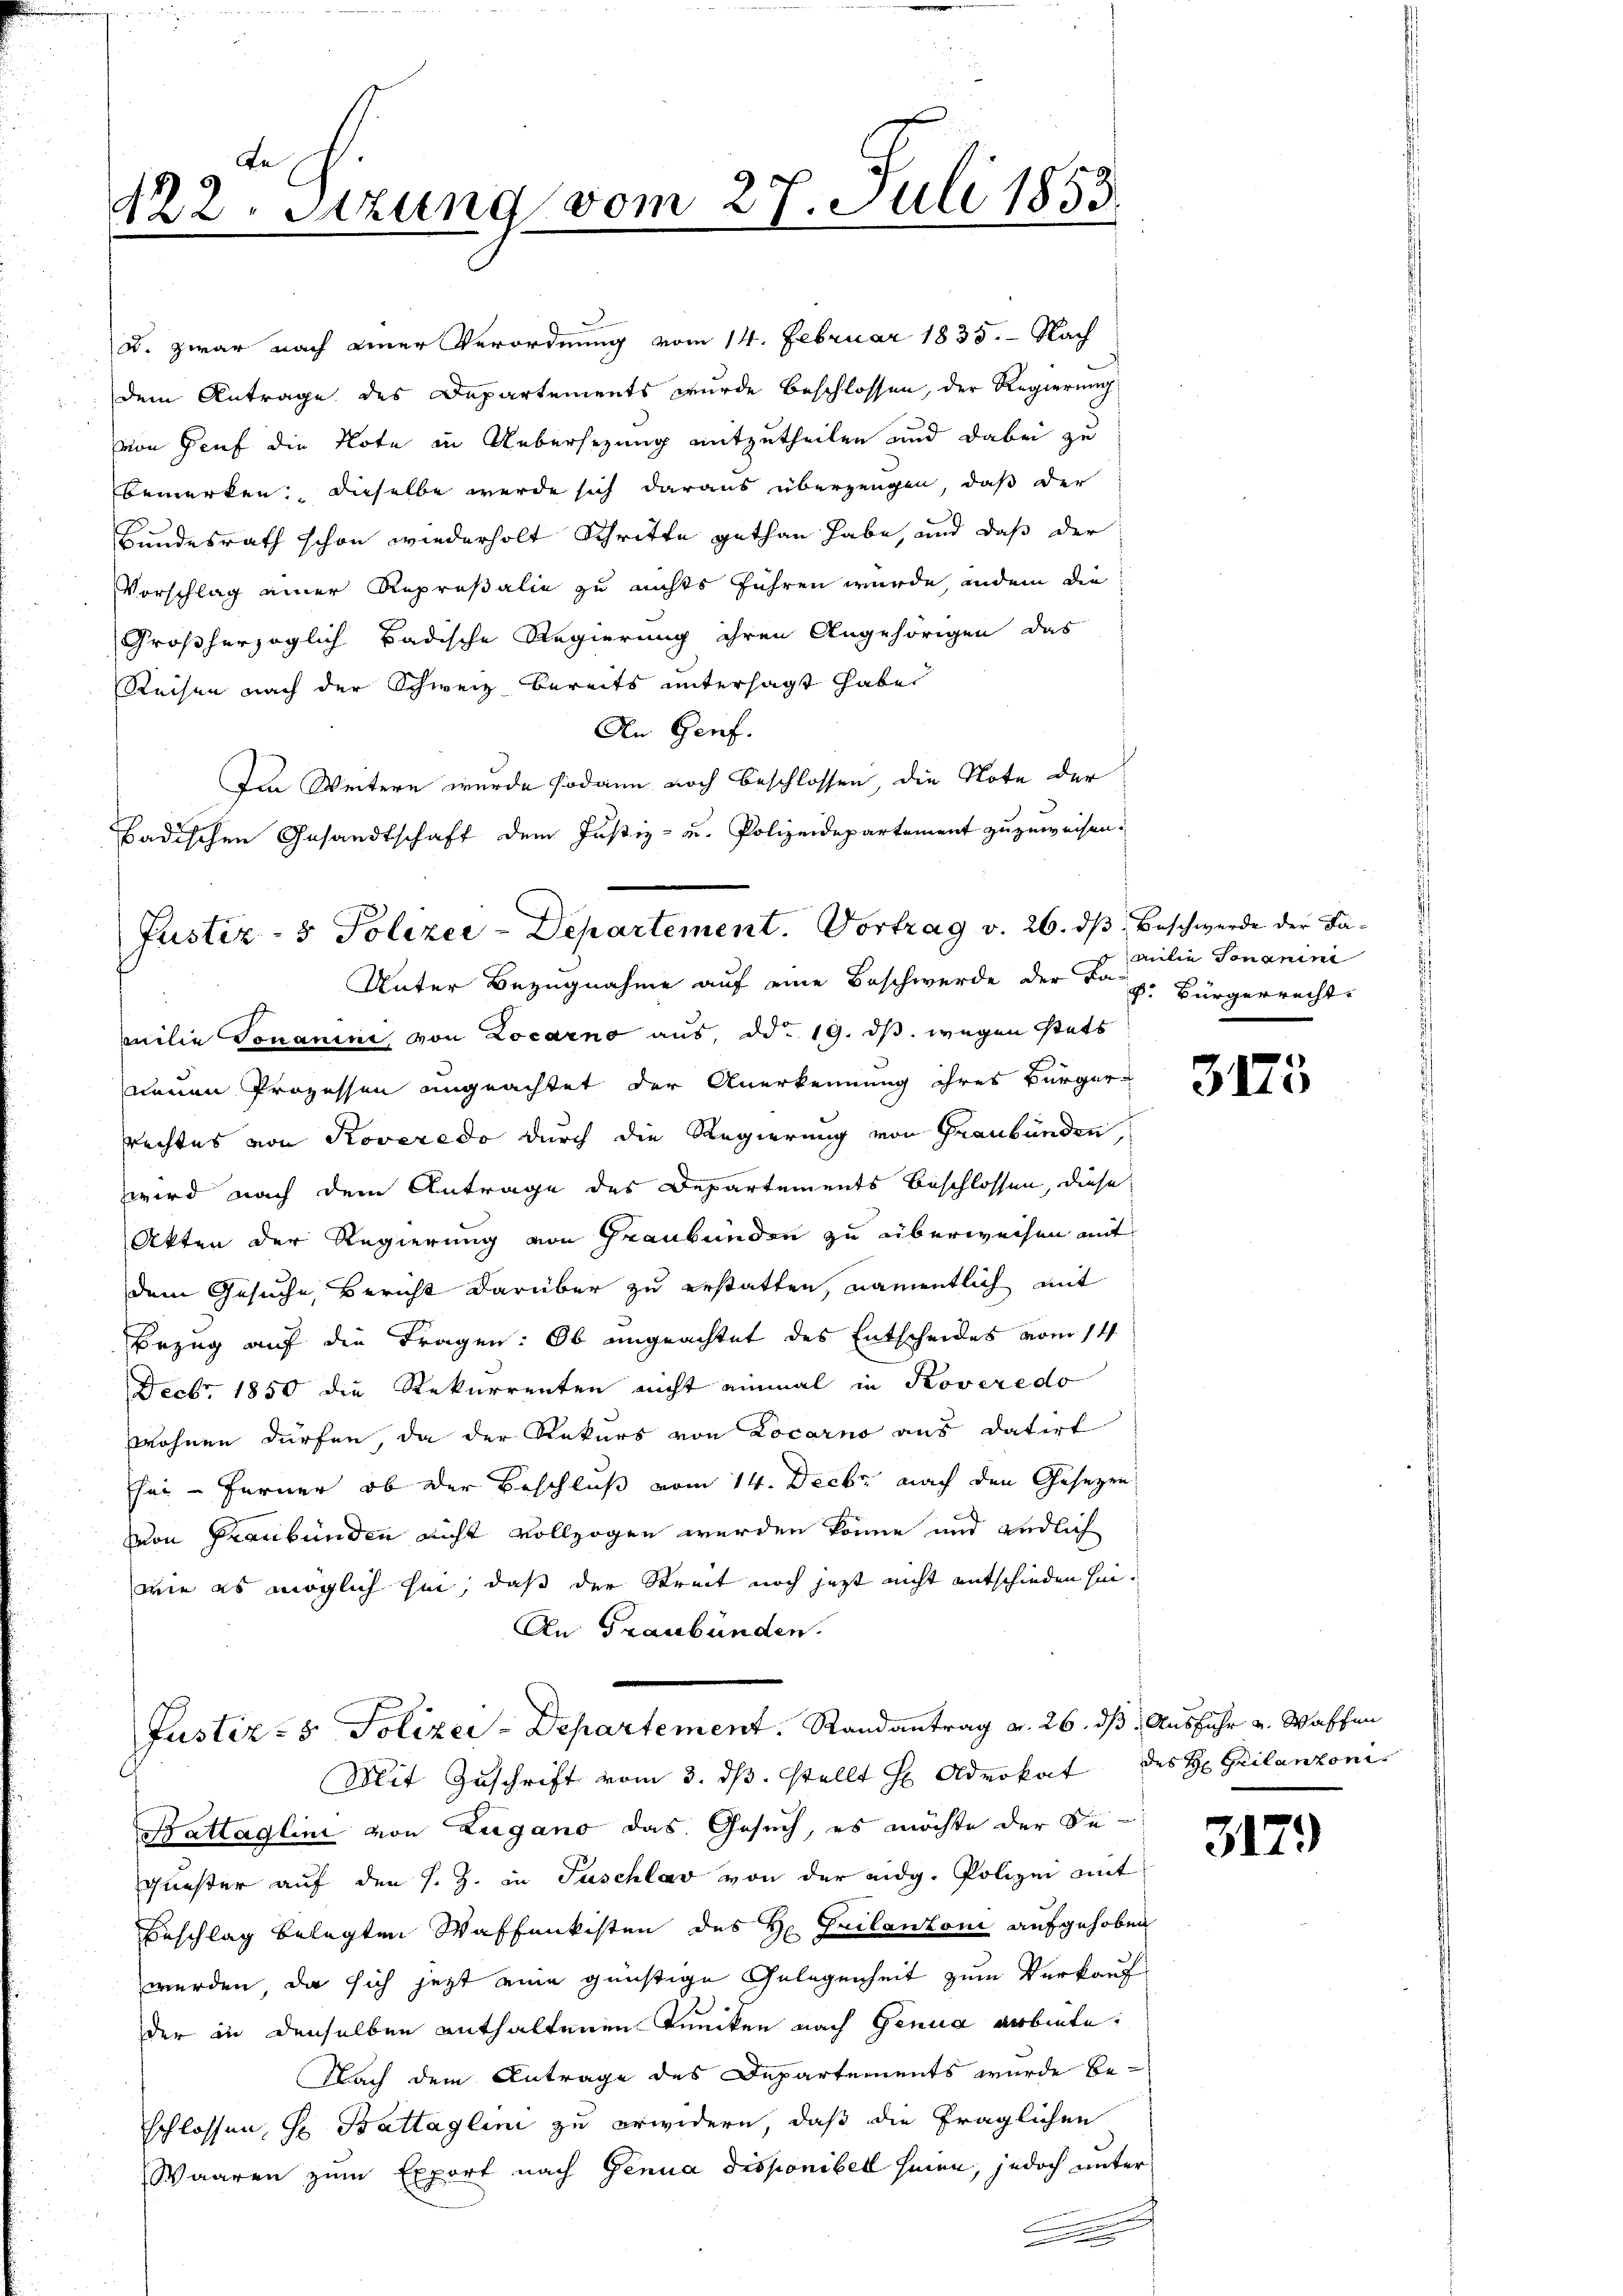
te
122. Sitzung vom 27. Juli 1853.

dem Antrage des Departements wurde beschlossen, der Regierung
von Genf die Note in Uebersezung mitzutheilen und dabei zu
bemerken, dieselbe werde sich daraus überzeugen, daß der
Bundesrath schon wiederholt Schritte gethan habe, und daß der
Vorschlag einer Reprosalie zu nichts führen wurde, indem die
Großherzoglich badische Regierung ihren Angehörigen das
Reisen nach der Schweiz bereits untersagt habe.
An Genf.
Im Weitern wurde sodann noch beschlossen, die Note der
Badischen Gesandtschaft dem Justiz- u. Polizeidepartement zuzuweisen.
Unter Bezugnahme auf eine Beschwerde der Frz. Bürgerrecht
milie Tonanime von Locarno aus, dd. 19. dβ. wegen stets
neuen Prozessen angeachtet der Anerkennung ihres Bürger¬
Rechtes von Roveredo durch die Regierung von Graubünden,
wird nach dem Antrage des Departements Beschlossen, diese
Akten der Regierung von Graubünden zu überweisen mit
dem Gesuche, Bericht darüber zu erstatten, namentlich mit
Bezug auf die Fragen: Ob ungeachtet des Entscheides vom 14.
Decbr. 1850 die Rekurrenten nicht einmal in Roveredo
wohnen dürfen, da der Rekurs von Locarno aus datirt
sei - ferner ob der Beschluß vom 14. Decbr. nach den Gesetzen
von Graubünden nicht vollzogen werden könne und endlich
wie es möglich sei, daß der Streit noch jetzt nicht entschieden sei.
An Graubünden.
Justiz- & Polizei-Departement. Randantrag v. 26. ds. Ausfuhr u. Waffen
Mit Zuschrift vom 3. dβ. stellt H Advokat des H. Grilanzoni
Battaglini von Zugano das Gesuch, es möchte der Sequester auf den s. Z. in Tuschlav von der eidg. Polizei mit
Beschlag belegten Waffenkisten des H. Guilanzoni aufgehoben
werden, da sich jetzt eine günstige Gelegenheit zum Verkauf
der in denselben enthaltenen Puncken nach Genua arbiete.
Nach dem Antrage des Departements wurde beschlossen, s. Battaglini zu erwidern, daß die fraglichen
Waaren zum Export nach Genua disponibel heien, jedoch unter
.

u. zwar nach einer Verordnung vom 14. Februar 1835. - Nach

Justiz- & Polizei-Departement. Vortrag v. 26. ds Beschwerde der Fa¬

milie Jonanim

3175

3179)